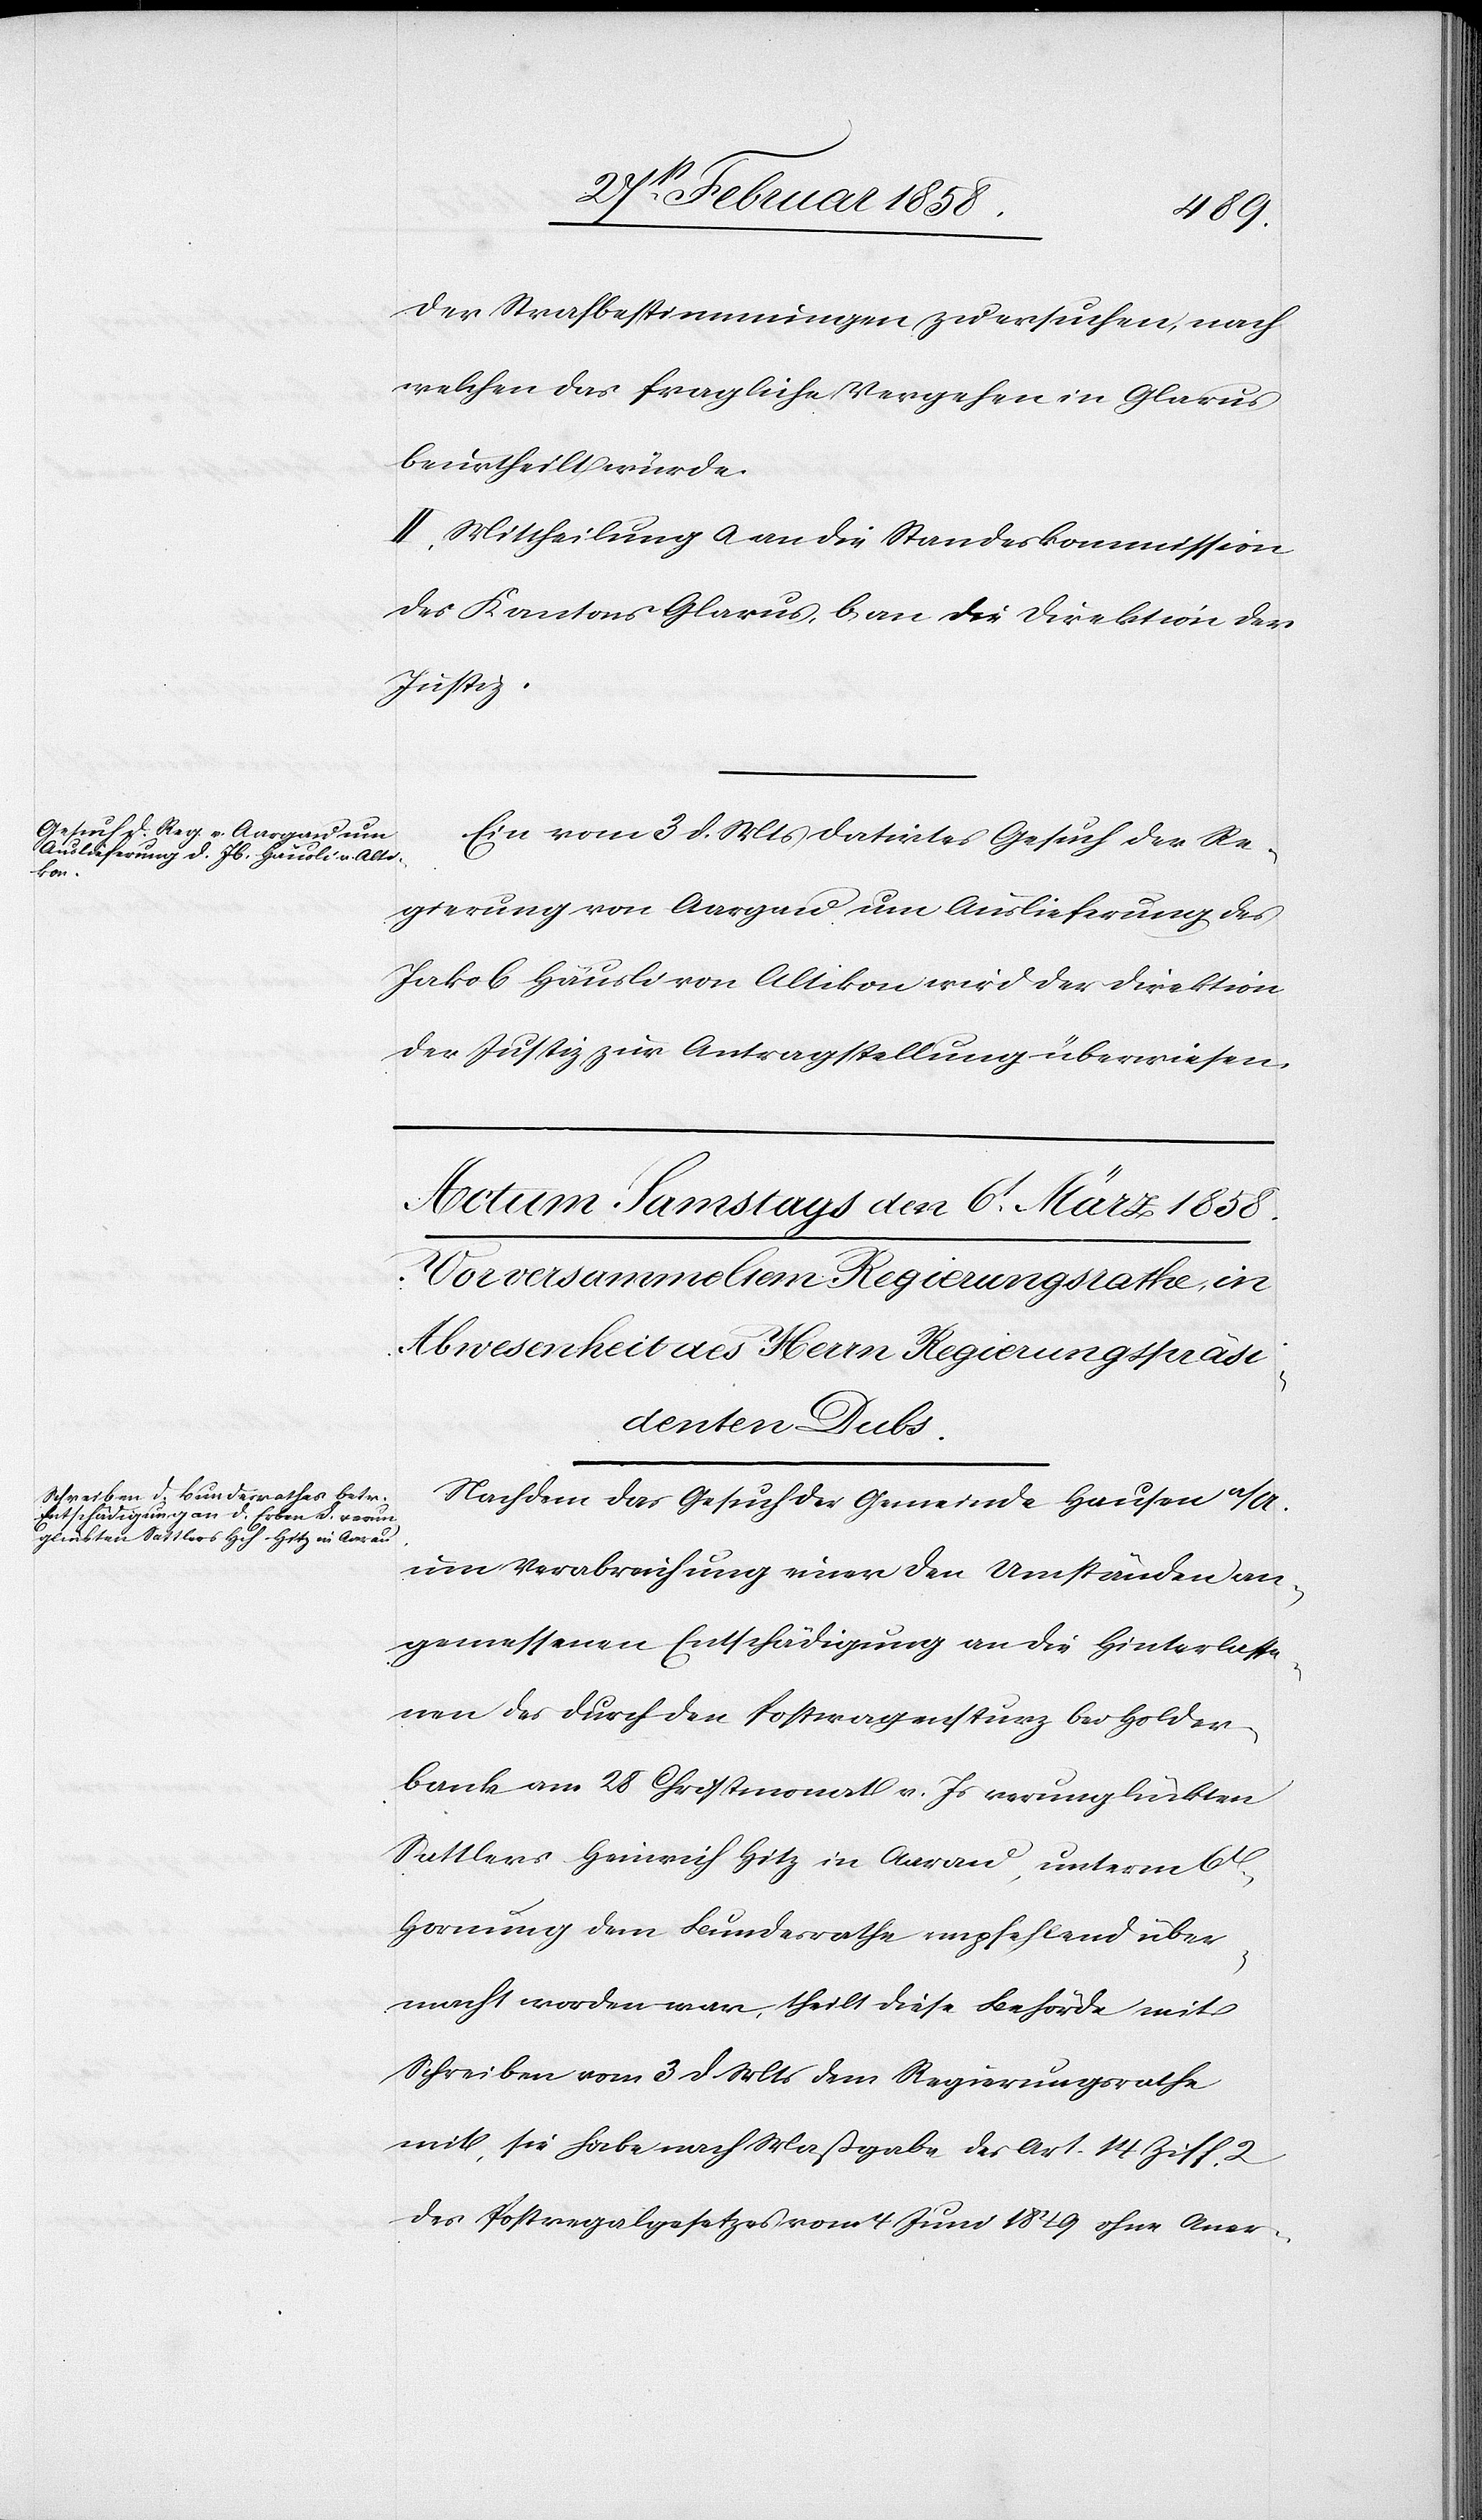
1858.]
der Strafbestimmungen zu ersuchen, nach
welchen das fragliche Vergehen in Glarus
beurtheilt würde.
II. Mittheilung a an die Standeskommisison
des Kantons Glarus, b an die Direktion der
Justiz.
Ein vom 3 d. Mts datirtes Gesuch der Re¬
gierung von Aargau um Auslieferung des
Jakob Häusli von Altikon wird der Direktion
der Justiz zur Antragstellung überwiesen.
Nachdem das Gesuch der Gemeinde Hausen a/A.
um Verabreichung einer den Umständen an¬
gemessenen Entschädigung an die Hinterlasse¬
nen des durch den Postwagensturz bei Holder¬
bank am 28 Christmonat v. Js verunglückten
Sattlers Heinrich Hitz in Aarau, unterm 6t
Hornung dem Bundesrathe empfehlend über¬
macht worden war, theilt diese Behörde mit
Schreiben vom 3 d. Mts dem Regierungsrathe
mit, sie habe nach Maßgabe des Art. 14 Ziff. 2
des Postregalgesetzes vom 4 Juni 1849 ohne Aner-